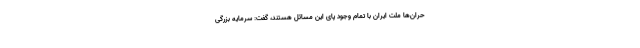
حران‌ها ملت ایران با تمام وجود پای این مسائل هستند، گفت: سرمایه بزرگی